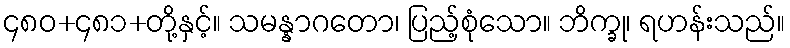
၄၈၀+၄၈၁+တို့နှင့်။ သမန္နာဂတော၊ ပြည့်စုံသော။ ဘိက္ခု၊ ရဟန်းသည်။